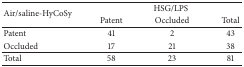
<table><thead><tr><td rowspan="2"><b>Air/saline-HyCoSy</b></td><td colspan="3"><b>HSG/LPS</b></td></tr><tr><td><b>Patent</b></td><td><b>Occluded</b></td><td><b>Total</b></td></tr></thead><tbody><tr><td>Patent</td><td>41</td><td>2</td><td>43</td></tr><tr><td>Occluded</td><td>17</td><td>21</td><td>38</td></tr><tr><td>Total</td><td>58</td><td>23</td><td>81</td></tr></tbody></table>